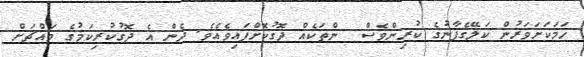
ހަމަކަށަވަރުން ކަލޭގެފާނުގެ ކުރިންވެސް  ންތަކެއް ދޮގުކޮށްފައިވެއެވެ. ދެން އެ ދޮގުކުރިކަމުގެ މައްޗަށް